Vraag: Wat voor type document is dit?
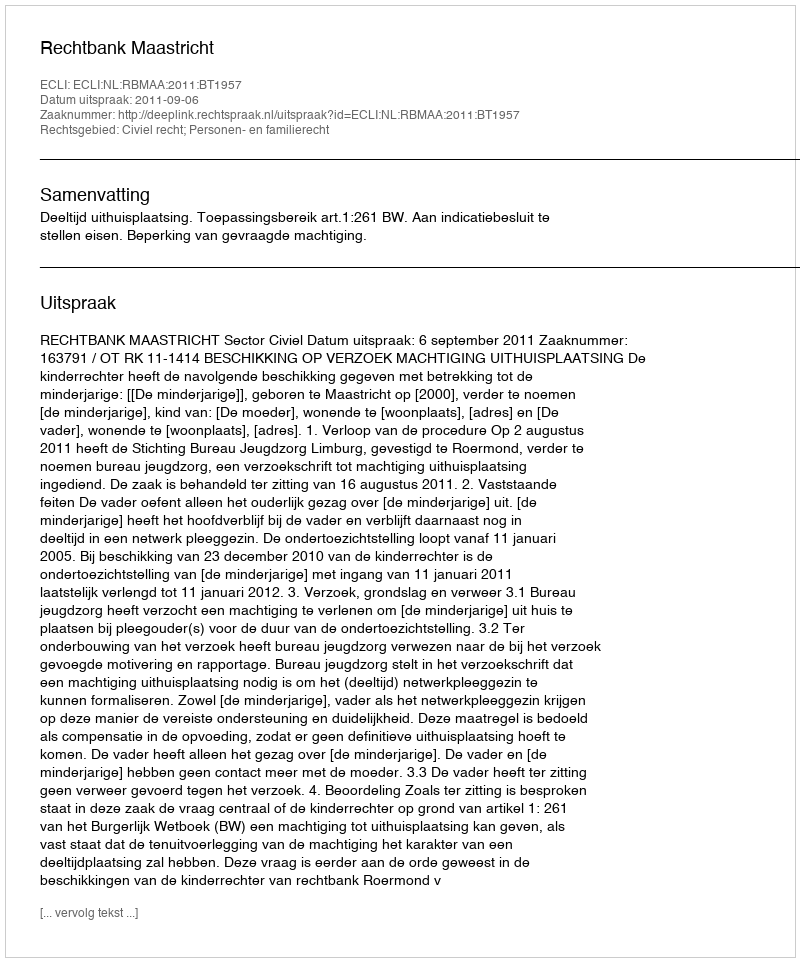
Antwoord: Uitspraak